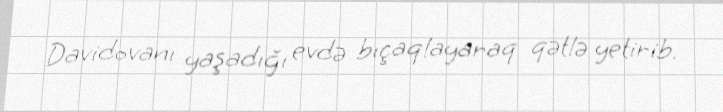
Davidovanı yaşadığı evdə bıçaqlayaraq qətlə yetirib.